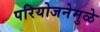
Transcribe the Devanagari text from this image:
परियोजनेमुळे